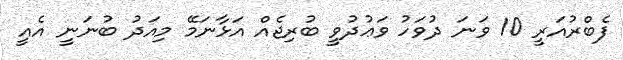
ފެބްރުއަރީ 10 ވަނަ ދުވަހު ވަޢުދުވީ ބުރިޖެއް އަޅާނަމޭ މިއަދު ބުނަނީ އެއީ